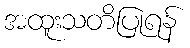
အထူးသတိပြုရန်